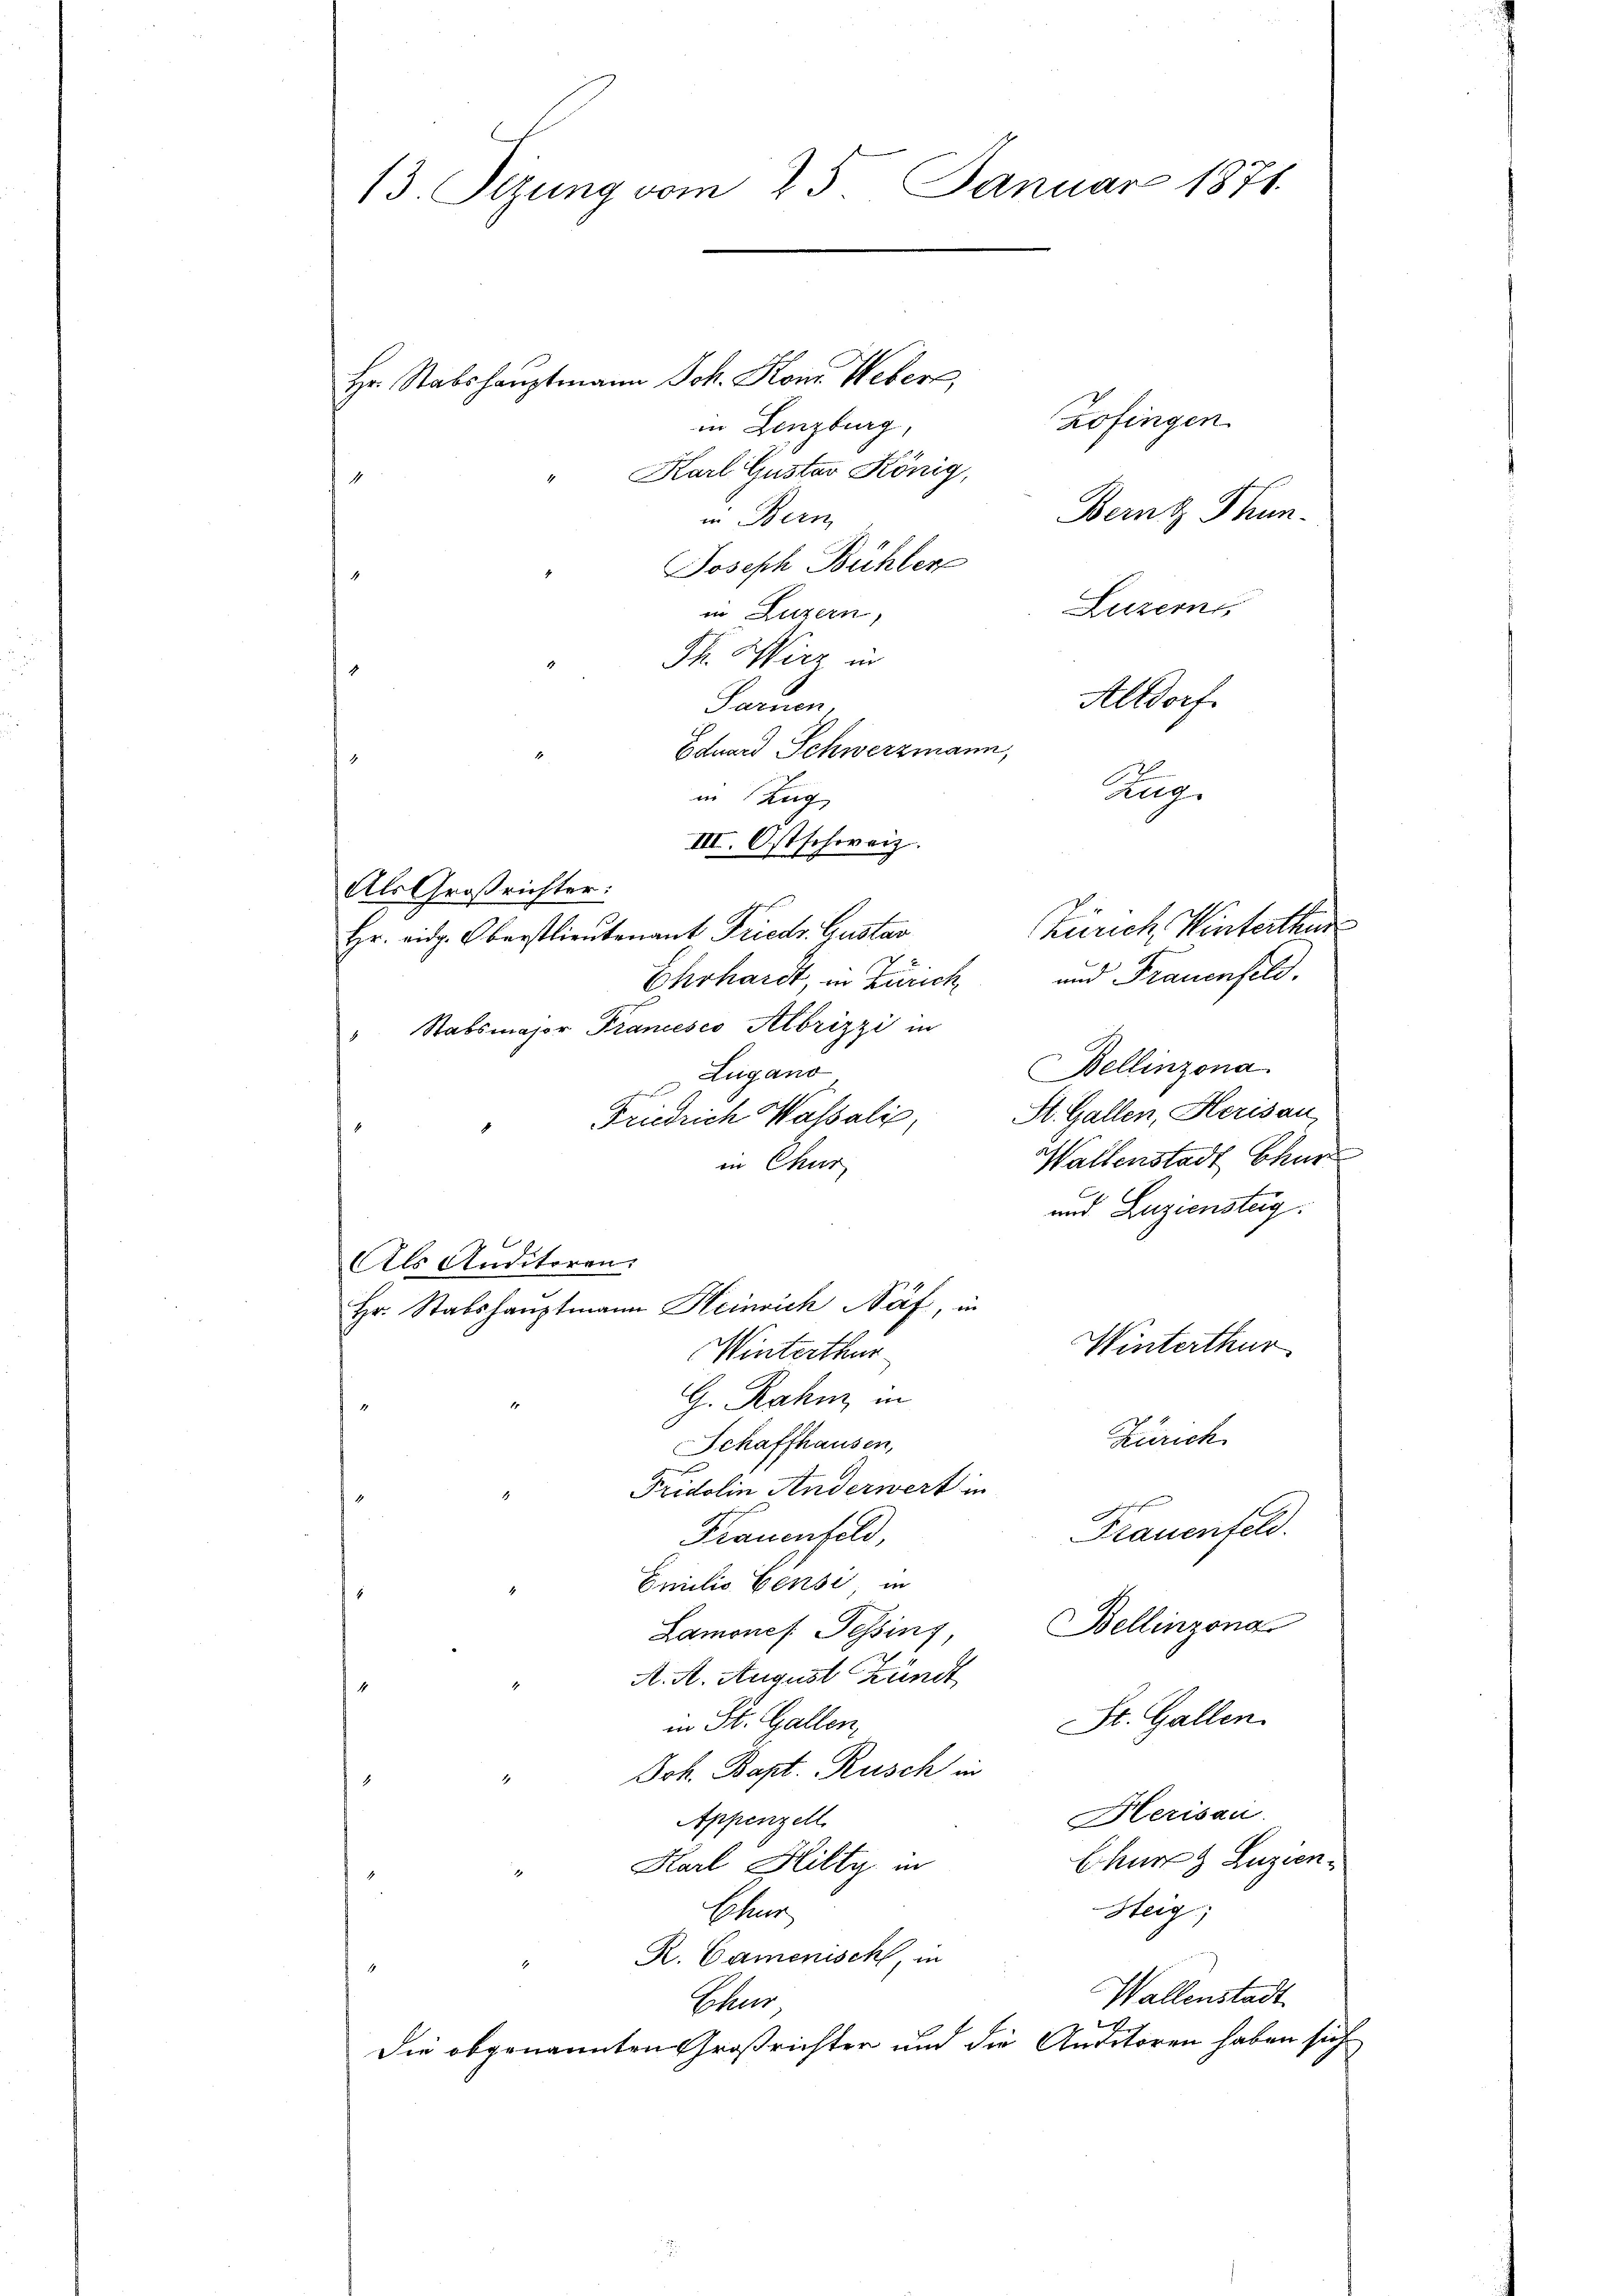
13. Sizung vom 25. Januar 1871.

Hr. Stabshauptmann Joh. Kons. Weber,
in Lenzburg,
Karl Gustav König,
Bern Thun.
in Bern,
Joseph Bühler
Luzern
in Luzern,
Sh. Wirz in
Altdorf
Saruen
Eduard Schwerzmann,
Aug.
Als Großrichter:
Zürich Hinterthur
Hr. eidg. Oberstlieutenant Friedr. Gustar
Ehrhardt, in Zürich und Frauenfeld.
" Stabsmajor Francesco Albrizzi in
Bellinzona.
Lugano
Fridrich Wassali, St. Gallen, Herisau,
Waltenstadt Chur
in Chur
und Luzienstag.
Als Auditoren.
Hr. Stabshauptmann Heinrich Näf, in
Winterthur
Winterthur
G. Rahn, in
Zürich
Schaffhausen,
Fridolin Anderwert in
Frauenfeld.
Frauenfeld,
Emilio Censi in
Lamones Tessins Bellinzona
A. A. August Kündt
St. Gallen.
in St. Gallen,
Joh. Bapt. Rusch in
Herisau.
Appenzell
Chur Luzien
Karl Hilty in
Steig;
Eisend
R. Camenisch, in
Wallenstadt
Chur
x
Die obgenannten Großrichter und die Auditoren haben sich

in Zug
III. Ostschweiz.

Zofingen